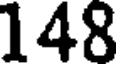
148